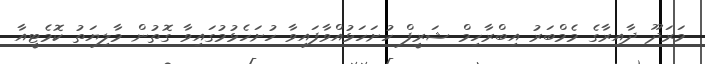
މަރަދޫ ދާއިރާގެ މެމްބަރު އިބްރާހިމް ޝަރީފް ހުށަހަޅުއްވާފައިވާ ހުށަހެޅުމުގައިވާ ގޮތުން މާލިޔަތު ކޮމެޓީއާ